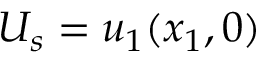
U _ { s } = u _ { 1 } ( x _ { 1 } , 0 )